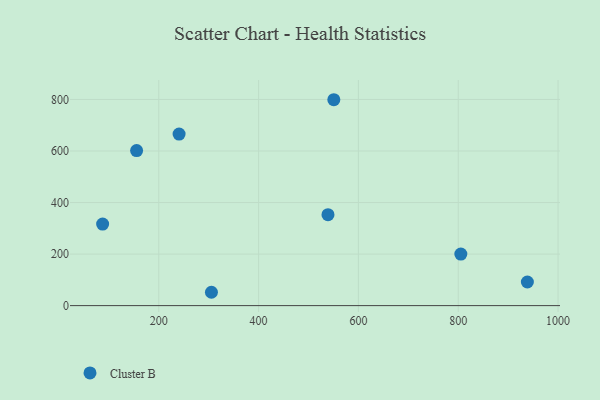
{"axis": {"x": "Distance", "y": "Salary"}, "legend": ["Cluster B"], "data": [{"x": "87.5", "y": 316.5, "type": "Cluster B"}, {"x": "938.5", "y": 91.7, "type": "Cluster B"}, {"x": "240.7", "y": 665.7, "type": "Cluster B"}, {"x": "550.7", "y": 799.0, "type": "Cluster B"}, {"x": "305.5", "y": 51.8, "type": "Cluster B"}, {"x": "155.6", "y": 601.5, "type": "Cluster B"}, {"x": "805.2", "y": 199.9, "type": "Cluster B"}, {"x": "539.0", "y": 353.0, "type": "Cluster B"}]}